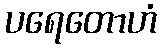
ပရေတောဟံ